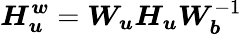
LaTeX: \boldsymbol{H_{u}^{w}}=\boldsymbol{W_{u}}\boldsymbol{H_{u}}\boldsymbol{W}_{\boldsymbol{b}}^{-1}